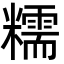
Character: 糯